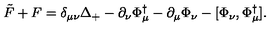
\tilde { F } + F = \delta _ { \mu \nu } \Delta _ { + } - \partial _ { \nu } \Phi _ { \mu } ^ { \dag } - \partial _ { \mu } \Phi _ { \nu } - [ \Phi _ { \nu } , \Phi _ { \mu } ^ { \dag } ] .